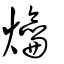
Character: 𤓀